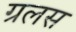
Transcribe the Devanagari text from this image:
ग्रलस